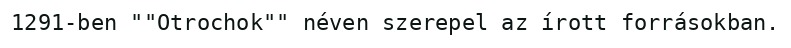
1291-ben ""Otrochok"" néven szerepel az írott forrásokban.